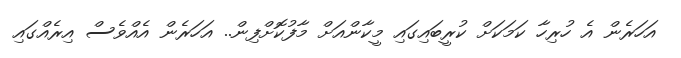
އަހަރެން އެ ހުރިހާ ކަމަކަށް ކުރީބައިގައި މީކާންއަށް މާފުކޮށްފިން.. އަހަރެން އެއްވެސް އިރެއްގައި